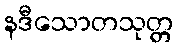
နဒီသောတသုတ္တ